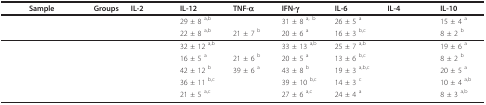
<table><thead><tr><td><b>Sample</b></td><td><b>Groups</b></td><td><b>IL-2</b></td><td><b>IL-12</b></td><td><b>TNF-α</b></td><td><b>IFN-γ</b></td><td><b>IL-6</b></td><td><b>IL-4</b></td><td><b>IL-10</b></td></tr></thead><tbody><tr><td>[EMPTY_CELL]</td><td>[EMPTY_CELL]</td><td>[EMPTY_CELL]</td><td>29 ± 8 <sup>a,b</sup></td><td>[EMPTY_CELL]</td><td>31 ± 8 <sup>a, b</sup></td><td>26 ± 5 <sup>a</sup></td><td>[EMPTY_CELL]</td><td>15 ± 4 <sup>a</sup></td></tr><tr><td>[EMPTY_CELL]</td><td>[EMPTY_CELL]</td><td>[EMPTY_CELL]</td><td>22 ± 8 <sup>a,b</sup></td><td>21 ± 7 <sup>b</sup></td><td>20 ± 6 <sup>a</sup></td><td>16 ± 3 <sup>b,c</sup></td><td>[EMPTY_CELL]</td><td>8 ± 2 <sup>b</sup></td></tr><tr><td>[EMPTY_CELL]</td><td>[EMPTY_CELL]</td><td>[EMPTY_CELL]</td><td>32 ± 12 <sup>a,b</sup></td><td>[EMPTY_CELL]</td><td>33 ± 13 <sup>a,b</sup></td><td>25 ± 7 <sup>a,b</sup></td><td>[EMPTY_CELL]</td><td>19 ± 6 <sup>a</sup></td></tr><tr><td>[EMPTY_CELL]</td><td>[EMPTY_CELL]</td><td>[EMPTY_CELL]</td><td>16 ± 5 <sup>a</sup></td><td>21 ± 6 <sup>b</sup></td><td>20 ± 5 <sup>a</sup></td><td>13 ± 6 <sup>b,c</sup></td><td>[EMPTY_CELL]</td><td>8 ± 2 <sup>b</sup></td></tr><tr><td>[EMPTY_CELL]</td><td>[EMPTY_CELL]</td><td>[EMPTY_CELL]</td><td>42 ± 12 <sup>b</sup></td><td>39 ± 6 <sup>a</sup></td><td>43 ± 8 <sup>b</sup></td><td>19 ± 3 <sup>a,b,c</sup></td><td>[EMPTY_CELL]</td><td>20 ± 5 <sup>a</sup></td></tr><tr><td>[EMPTY_CELL]</td><td>[EMPTY_CELL]</td><td>[EMPTY_CELL]</td><td>36 ± 11 <sup>b,c</sup></td><td>[EMPTY_CELL]</td><td>39 ± 10 <sup>b,c</sup></td><td>14 ± 3 <sup>c</sup></td><td>[EMPTY_CELL]</td><td>10 ± 4 <sup>a,b</sup></td></tr><tr><td>[EMPTY_CELL]</td><td>[EMPTY_CELL]</td><td>[EMPTY_CELL]</td><td>21 ± 5 <sup>a,c</sup></td><td>[EMPTY_CELL]</td><td>27 ± 6 <sup>a,c</sup></td><td>24 ± 4 <sup>a</sup></td><td>[EMPTY_CELL]</td><td>8 ± 3 <sup>a,b</sup></td></tr></tbody></table>